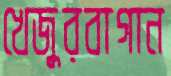
খেজুরবাগান